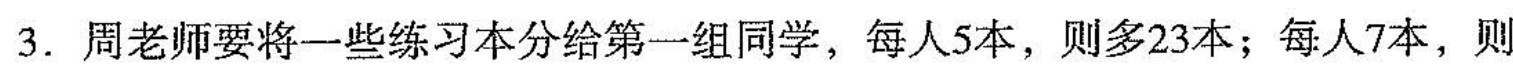
3.周老师要将一些练习本分给第一组同学，每人5本，则多23本；每人7本，则